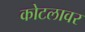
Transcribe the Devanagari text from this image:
कोटलावर